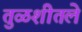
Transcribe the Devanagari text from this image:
तुळशीतले